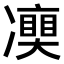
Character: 𠘘